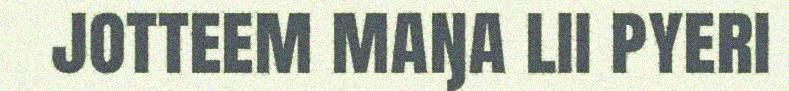
jotteem maŋa lii pyeri